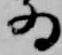
為